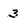
Character: 3